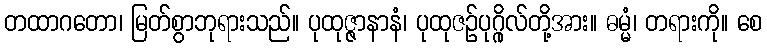
တထာဂတော၊ မြတ်စွာဘုရားသည်။ ပုထုဇ္ဇာနာနံ၊ ပုထုဇဉ်ပုဂ္ဂိုလ်တို့အား။ ဓမ္မံ၊ တရားကို။ စေ